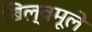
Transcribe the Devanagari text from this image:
बिल्वमूले